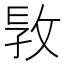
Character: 𢼪